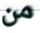
من